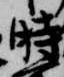
時